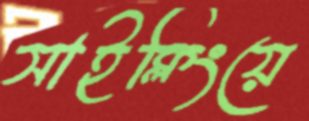
সাইক্লিংয়ে